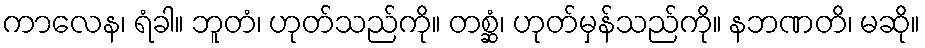
ကာလေန၊ ရံခါ။ ဘူတံ၊ ဟုတ်သည်ကို။ တစ္ဆံ၊ ဟုတ်မှန်သည်ကို။ နဘဏတိ၊ မဆို။